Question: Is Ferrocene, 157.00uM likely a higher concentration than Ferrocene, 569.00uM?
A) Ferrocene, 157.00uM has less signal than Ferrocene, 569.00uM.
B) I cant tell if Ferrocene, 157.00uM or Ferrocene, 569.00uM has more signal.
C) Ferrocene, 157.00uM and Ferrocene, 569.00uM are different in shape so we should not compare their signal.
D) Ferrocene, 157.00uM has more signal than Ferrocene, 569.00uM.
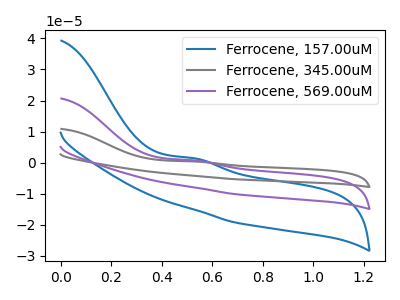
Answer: <think>The blue curve "Ferrocene, 157.00uM" has an anodic peak at: (0.55V, 1.40uA). The gray curve "Ferrocene, 345.00uM" has an anodic peak at: (0.55V, 1.50uA). The purple curve "Ferrocene, 569.00uM" has an anodic peak at: (0.55V, 0.75uA).
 All the peaks in "Ferrocene, 157.00uM" have a peak in "Ferrocene, 569.00uM" at the same potential. Every peak in "Ferrocene, 157.00uM" is higher than every peak in "Ferrocene, 569.00uM".</think>
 <answer>D) "Ferrocene, 157.00uM" has more signal than "Ferrocene, 569.00uM".</answer>
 <eval>D</eval>